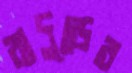
বাদুড়ের